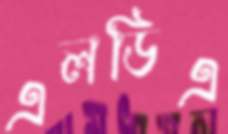
এলডিএ